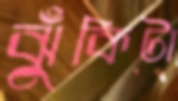
ঝুঁকিটা